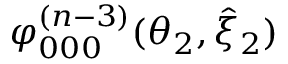
\varphi _ { 0 0 0 } ^ { ( n - 3 ) } ( \theta _ { 2 } , \hat { \xi } _ { 2 } )